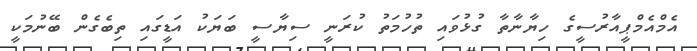
އެމްއެމްޕީއާރުސީގެ ހިޔާނާތާ ގުޅުވައި ތުހުމަތު ކުރަނީ ސިޔާސީ ބަޔަކު އަޑީގައި ތިބެގެން ބޭނުމަކީ